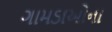
ગામડાઓના